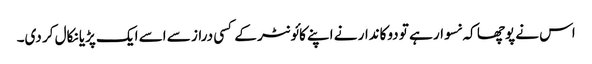
اس نے پوچھا کہ نسوار ہے تو دوکاندار نے اپنے کائونٹر کے کسی دراز سے اسے ایک پڑیا نکال کر دی۔